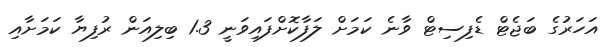
އަހަރުގެ ބަޖެޓް ޑެފިސިޓް ވާނެ ކަމަށް ލަފާކޮށްފައިވަނީ 1.3 ބިލިއަން ރުފިޔާ ކަމަށާއި